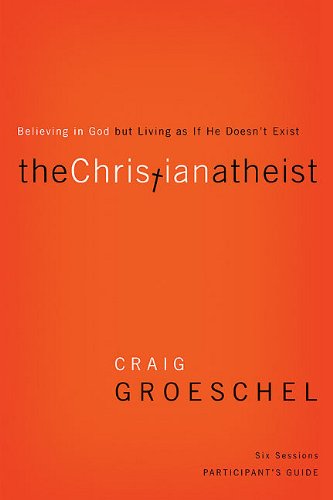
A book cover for The Christian Atheist Participant's Guide: Believing in God but Living as If He Doesn't Exist; Craig Groeschel; Christian Books & Bibles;